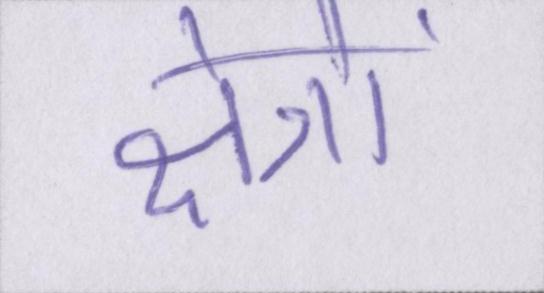
क्षेत्रों